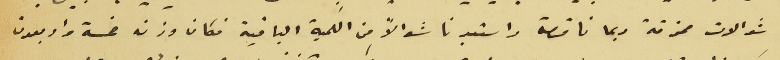
شوالات ممزقة ربما ناقصة واستعدنا شوالاً من الكمية الباقية فكان وزنه خمسة واربعون